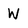
Character: W